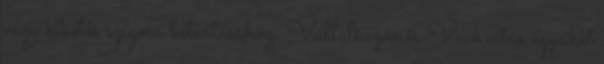
vagy kikötés szigorú betartásához. Vállalkozás és Vevő vitás ügyeiket